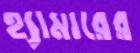
হ্যামারের